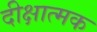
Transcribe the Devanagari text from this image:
दीक्षात्मक